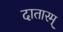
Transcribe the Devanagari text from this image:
दातारम्